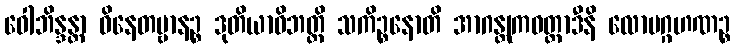
ဝေါဘိန္ဒန္တာ ဝိနေတဗ္ဗာနဉ္စ ဒုတိယာဝိဘတ္တိ သကိဉ္စနောတိ အာဂန္တုကဝတ္တာဒီနိ လောပဂ္ဂဟဏဉ္စ